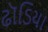
ઢૉડિયા